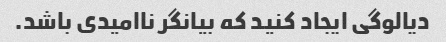
دیالوگی ایجاد کنید که بیانگر ناامیدی باشد.